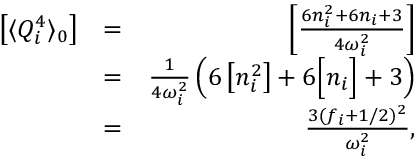
\begin{array} { r l r } { \left[ \langle Q _ { i } ^ { 4 } \rangle _ { 0 } \right] } & { = } & { \left[ \frac { 6 n _ { i } ^ { 2 } + 6 n _ { i } + 3 } { 4 \omega _ { i } ^ { 2 } } \right] } \\ & { = } & { \frac { 1 } { 4 \omega _ { i } ^ { 2 } } \left( 6 \left[ n _ { i } ^ { 2 } \right] + 6 \Big [ n _ { i } \Big ] + 3 \right) } \\ & { = } & { \frac { 3 ( f _ { i } + 1 / 2 ) ^ { 2 } } { \omega _ { i } ^ { 2 } } , } \end{array}